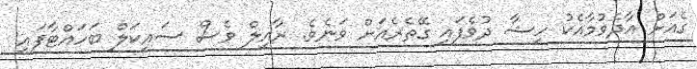
ގެއަށް އާދެވުމާއެކު ހިޝާ ދުވެފައި ގޭތެރެއަށް ވަނެވެ. ރާއިލް ވެސް ސައިކަލް ބަހައްޓާފައި